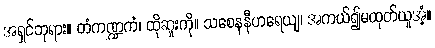
အရှင်ဘုရား။ တံကဏ္ဍကံ၊ ထိုဆူးကို။ သစေနနီဟရေယျ၊ အကယ်၍မထုတ်ယူအံ့။